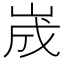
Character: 𡷫